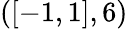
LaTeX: ([-1,1],6)